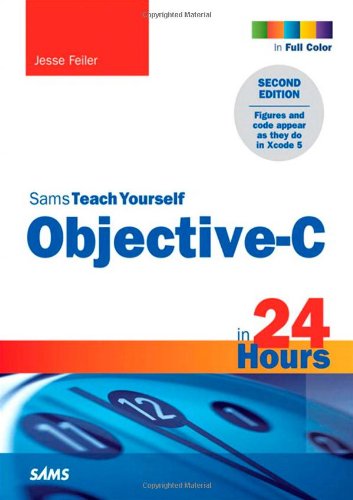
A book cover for Sams Teach Yourself Objective-C in 24 Hours (2nd Edition); Jesse Feiler; Computers & Technology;